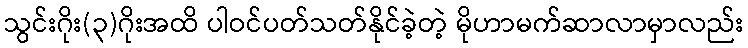
သွင်းဂိုး(၃)ဂိုးအထိ ပါဝင်ပတ်သတ်နိုင်ခဲ့တဲ့ မိုဟာမက်ဆာလာမှာလည်း